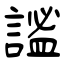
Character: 謐